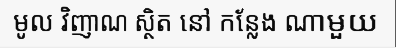
មូល វិញាណ ស្ថិត នៅ កន្លែង ណាមួយ